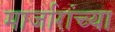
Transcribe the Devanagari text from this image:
मार्जारांच्या